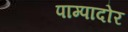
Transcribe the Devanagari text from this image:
पाम्पादोर